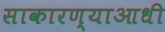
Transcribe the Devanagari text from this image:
साकारण्याआधी